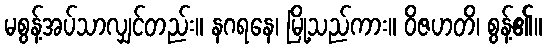
မစွန့်အပ်သာလျှင်တည်း။ နဂရနေ၊ မြို့သည်ကား။ ဝိဇဟတိ၊ စွန့်၏။